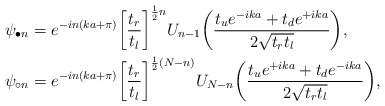
\begin{align*}\psi_{\bullet n}&=e^{-in(ka+\pi)}\bigg[\frac{t_r}{t_l}\bigg]^{\frac12n}U_{n-1}\bigg(\frac{t_ue^{-ika}+t_de^{+ika}}{2\sqrt{t_rt_l}}\bigg),\\\psi_{\circ n}&=e^{-in(ka+\pi)}\bigg[\frac{t_r}{t_l}\bigg]^{\frac12(N-n)}U_{N-n}\bigg(\frac{t_ue^{+ika}+t_de^{-ika}}{2\sqrt{t_rt_l}}\bigg),\end{align*}